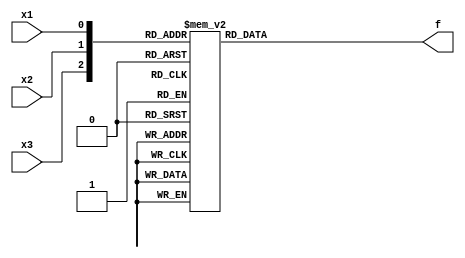
module top_module( 
    input x3,
    input x2,
    input x1,  // three inputs
    output f   // one output
);
    always @ (*) begin
        case ({x3, x2, x1})
            3'b000: f = 0;
            3'b001: f = 0;
            3'b010: f = 1;   
            3'b011: f = 1;
            3'b100: f = 0;
            3'b101: f = 1;   
            3'b110: f = 0;   
            3'b111: f = 1;   
        endcase
    end

endmodule